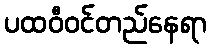
ပထဝီဝင်တည်နေရာ